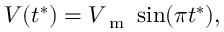
V ( t ^ { * } ) = V _ { \mathrm { ~ m ~ } } \sin ( \pi t ^ { * } ) ,